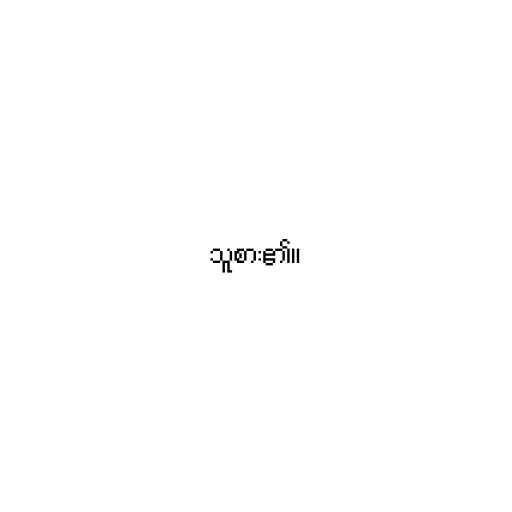
သူစား၏။